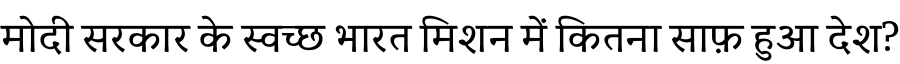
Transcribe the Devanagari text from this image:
मोदी सरकार के स्वच्छ भारत मिशन में कितना साफ़ हुआ देश?